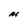
Character: M